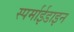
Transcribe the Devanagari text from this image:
स्पर्माईडाइन